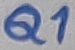
Text: Q1